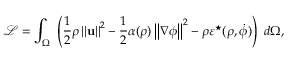
\mathcal { L } = \int _ { \Omega } \ \left( \frac { 1 } { 2 } \rho \left\vert \left\vert \mathbf { u } \right\vert \right\vert ^ { 2 } - \frac { 1 } { 2 } \alpha ( \rho ) \left\vert \left\vert \nabla \phi \right\vert \right\vert ^ { 2 } - \rho \varepsilon ^ { \star } ( \rho , \dot { \phi } ) \right) \ d \Omega ,